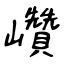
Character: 巑